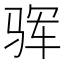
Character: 𩧰